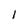
Character: 1